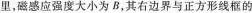
里，磁感应强度大小为B，其右边界与正方形线框的